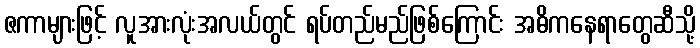
ဇကာများဖြင့် လူအားလုံးအလယ်တွင် ရပ်တည်မည်ဖြစ်ကြောင်း အဓိကနေရာတွေဆီသို့